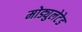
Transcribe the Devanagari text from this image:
मोड्युलेटेड